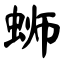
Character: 蛳